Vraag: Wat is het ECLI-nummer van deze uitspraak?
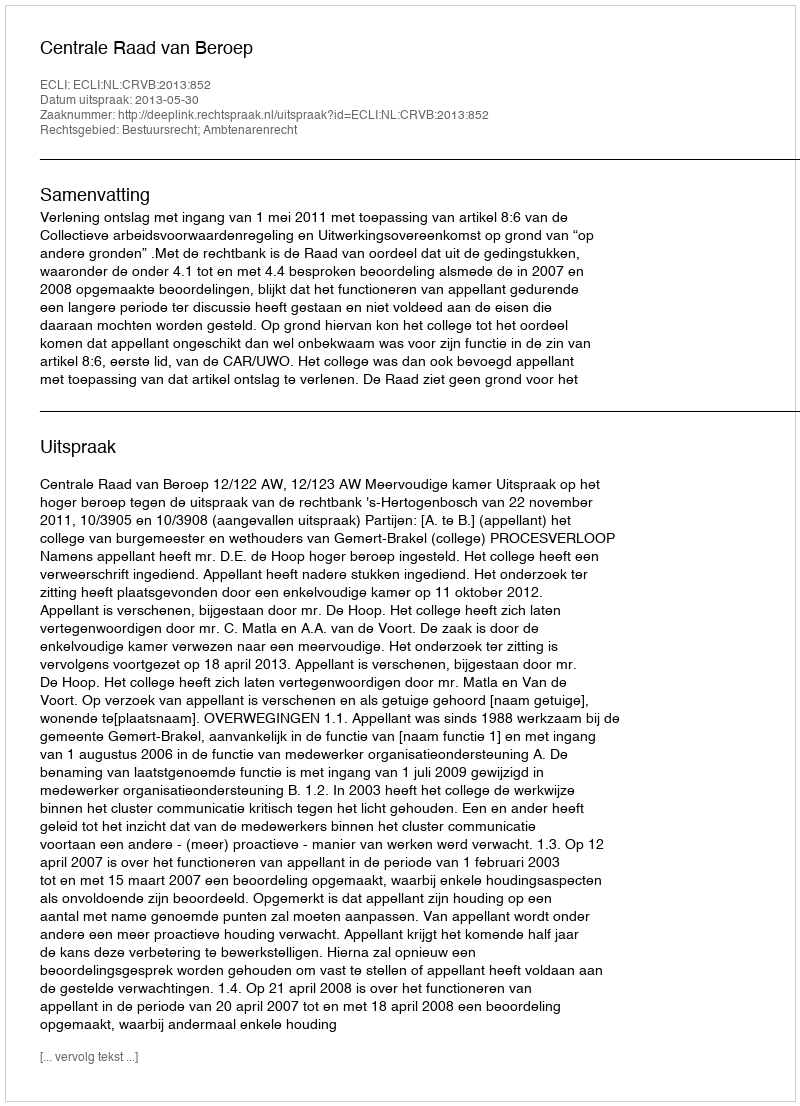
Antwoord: ECLI:NL:CRVB:2013:852